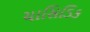
ચાસિડિક